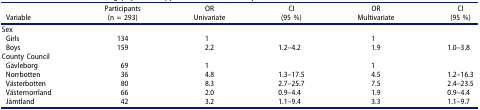
<table><thead><tr><td><b>Variable</b></td><td><b>Participants(n = 293)</b></td><td><b>ORUnivariate</b></td><td><b>CI(95 %)</b></td><td><b>ORMultivariate</b></td><td><b>CI(95 %)</b></td></tr></thead><tbody><tr><td colspan="2">Sex</td><td> </td><td> </td><td> </td><td> </td></tr><tr><td>Girls</td><td>134</td><td>1</td><td> </td><td>1</td><td> </td></tr><tr><td>Boys</td><td>159</td><td>2.2</td><td>1.2–4.2</td><td>1.9</td><td>1.0–3.8</td></tr><tr><td colspan="2">County Council</td><td> </td><td> </td><td> </td><td> </td></tr><tr><td>Gävleborg</td><td>69</td><td>1</td><td> </td><td>1</td><td> </td></tr><tr><td>Norrbotten</td><td>36</td><td>4.8</td><td>1.3–17.5</td><td>4.5</td><td>1.2–16.3</td></tr><tr><td>Västerbotten</td><td>80</td><td>8.3</td><td>2.7–25.7</td><td>7.5</td><td>2.4–23.5</td></tr><tr><td>Västernorrland</td><td>66</td><td>2.0</td><td>0.9–4.4</td><td>1.9</td><td>0.9–4.4</td></tr><tr><td>Jämtland</td><td>42</td><td>3.2</td><td>1.1–9.4</td><td>3.3</td><td>1.1–9.7</td></tr></tbody></table>